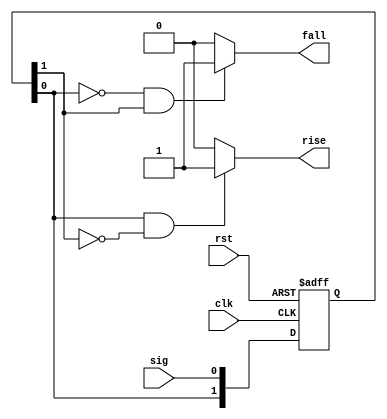
// This program was cloned from: https://github.com/lnis-uofu/OpenFPGA
// License: MIT License

//////////////////////////////////////////////////////////////////////
////                                                              ////
//// WISHBONE SD Card Controller IP Core                          ////
////                                                              ////
//// edge_detect.v                                                ////
////                                                              ////
//// This file is part of the WISHBONE SD Card                    ////
//// Controller IP Core project                                   ////
//// http://opencores.org/project,sd_card_controller              ////
////                                                              ////
//// Description                                                  ////
//// Signal edge detection. If input signal transitions between   ////
//// two states, output signal is generated for one clock cycle.  ////
////                                                              ////
//// Author(s):                                                   ////
////     - Marek Czerski, ma.czerski@gmail.com                    ////
////                                                              ////
//////////////////////////////////////////////////////////////////////
////                                                              ////
//// Copyright (C) 2013 Authors                                   ////
////                                                              ////
//// This source file may be used and distributed without         ////
//// restriction provided that this copyright statement is not    ////
//// removed from the file and that any derivative work contains  ////
//// the original copyright notice and the associated disclaimer. ////
////                                                              ////
//// This source file is free software; you can redistribute it   ////
//// and/or modify it under the terms of the GNU Lesser General   ////
//// Public License as published by the Free Software Foundation; ////
//// either version 2.1 of the License, or (at your option) any   ////
//// later version.                                               ////
////                                                              ////
//// This source is distributed in the hope that it will be       ////
//// useful, but WITHOUT ANY WARRANTY; without even the implied   ////
//// warranty of MERCHANTABILITY or FITNESS FOR A PARTICULAR      ////
//// PURPOSE. See the GNU Lesser General Public License for more  ////
//// details.                                                     ////
////                                                              ////
//// You should have received a copy of the GNU Lesser General    ////
//// Public License along with this source; if not, download it   ////
//// from http://www.opencores.org/lgpl.shtml                     ////
////                                                              ////
//////////////////////////////////////////////////////////////////////

module edge_detect (
    input rst,
    input clk, 
    input sig,
    output rise,
    output fall
);

reg [1:0] sig_reg;

always @(posedge clk or posedge rst)
    if (rst == 1'b1)
        sig_reg <= 2'b00;
    else
        sig_reg <= {sig_reg[0], sig};

assign rise = sig_reg[0] == 1'b1 && sig_reg[1] == 1'b0 ? 1'b1 : 1'b0;
assign fall = sig_reg[0] == 1'b0 && sig_reg[1] == 1'b1 ? 1'b1 : 1'b0;

endmodule